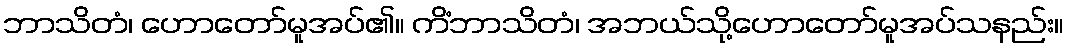
ဘာသိတံ၊ ဟောတော်မူအပ်၏။ ကိံဘာသိတံ၊ အဘယ်သို့ဟောတော်မူအပ်သနည်း။